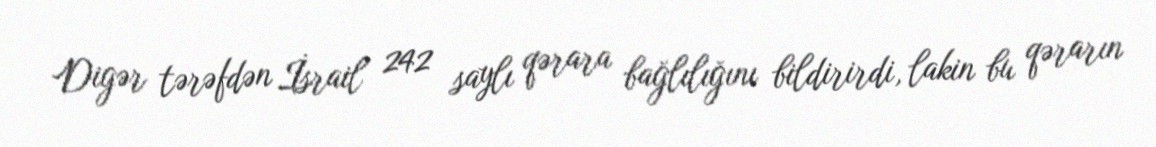
Digər tərəfdən İsrail 242 saylı qərara bağlılığını bildirirdi, lakin bu qərarın